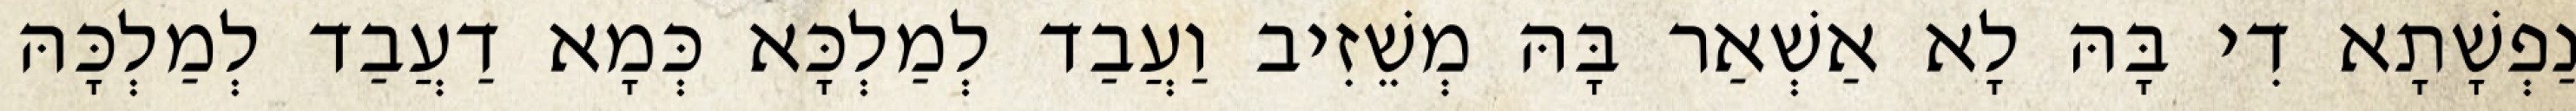
נַפְשָׁתָא דִי בָּהּ לָא אַשְׁאַר בָּהּ מְשֵׁזִיב וַעֲבַד לְמַלְכָּא כְּמָא דַעֲבַד לְמַלְכָּהּ